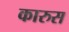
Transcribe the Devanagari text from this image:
कारुस